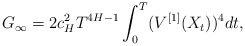
\begin{align*} G_\infty =2 c_H^2 T ^{4H-1}\int^T_0 (V^{[1]}(X_{t}))^4 dt, \end{align*}